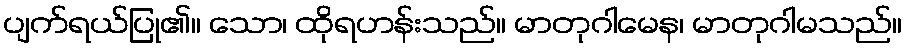
ပျက်ရယ်ပြု၏။ သော၊ ထိုရဟန်းသည်။ မာတုဂါမေန၊ မာတုဂါမသည်။